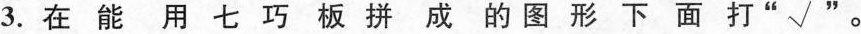
3.在能用七巧板拼成的图形下面打“☑”。